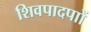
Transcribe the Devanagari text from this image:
शिवपादपाों